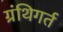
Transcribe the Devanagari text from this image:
ग्रंथिगर्त